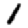
Digit: 1